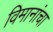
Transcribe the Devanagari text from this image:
विमानांंचा